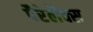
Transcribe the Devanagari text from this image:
पैरेलैक्स